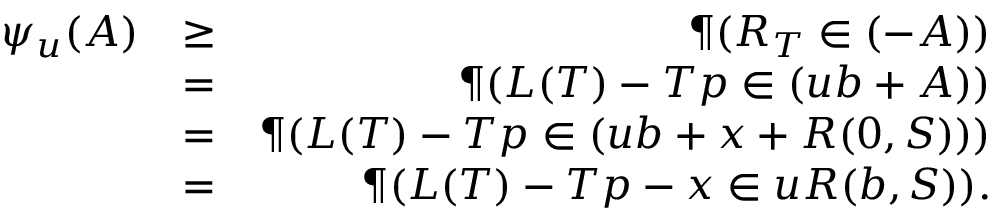
\begin{array} { r l r } { \psi _ { u } ( A ) } & { \geq } & { \P ( \boldsymbol R _ { T } \in ( - A ) ) } \\ & { = } & { \P ( \boldsymbol L ( T ) - T \boldsymbol p \in ( u \boldsymbol b + A ) ) } \\ & { = } & { \P ( \boldsymbol L ( T ) - T \boldsymbol p \in ( u \boldsymbol b + \boldsymbol x + R ( \boldsymbol 0 , S ) ) ) } \\ & { = } & { \P ( \boldsymbol L ( T ) - T \boldsymbol p - \boldsymbol x \in u R ( \boldsymbol b , S ) ) . } \end{array}